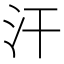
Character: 汗